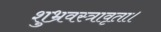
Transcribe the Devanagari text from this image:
शुभ्रवस्त्रावृता।